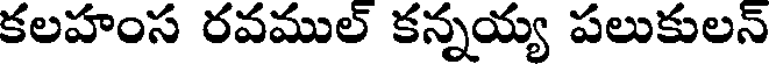
కలహంస రవముల్ కన్నయ్య పలుకులన్